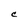
Character: C